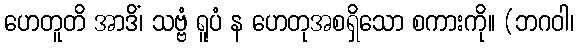
ဟေတူတိ အာဒိံ၊ သဗ္ဗံ ရူပံ န ဟေတုအစရှိသော စကားကို။ (ဘဂဝါ၊